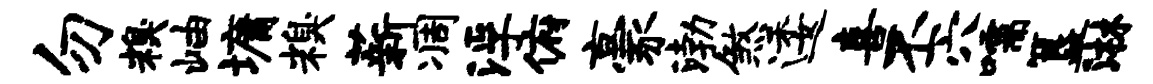
勿糗岫墉糗薪凋浮俯豪渤煞逶喜丕穴嚅簋淋